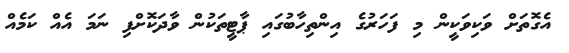
އެގޮތަށް ވަކިވަކީން މި ފަހަރުގެ އިންތިހާބުގައި ޕާޓީތަކުން ވާދަކޮށްފި ނަމަ އެއް ކަމެއް